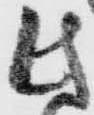
此